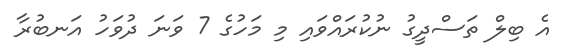
އެ ބިލް ތަސްދީގު ނުކުރައްވައި މި މަހުގެ 7 ވަނަ ދުވަހު އަނބުރާ